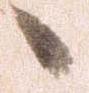
々